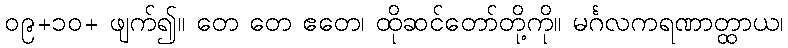
၀၉+၁၀+ ဖျက်၍။ တေ တေ ဧတေ၊ ထိုဆင်တော်တို့ကို။ မင်္ဂလကရဏာတ္ထာယ၊